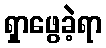
ရှာဖွေခဲ့ရာ